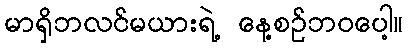
မာရှိဘလင်မယားရဲ့ နေ့စဉ်ဘဝပေါ့။